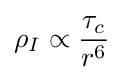
\rho _{I}\propto {\frac {\tau _{c}}{r^{6}}}